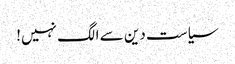
سیاست دین سے الگ نہیں!